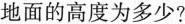
地面的高度为多少?